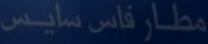
مطار فاس سايس